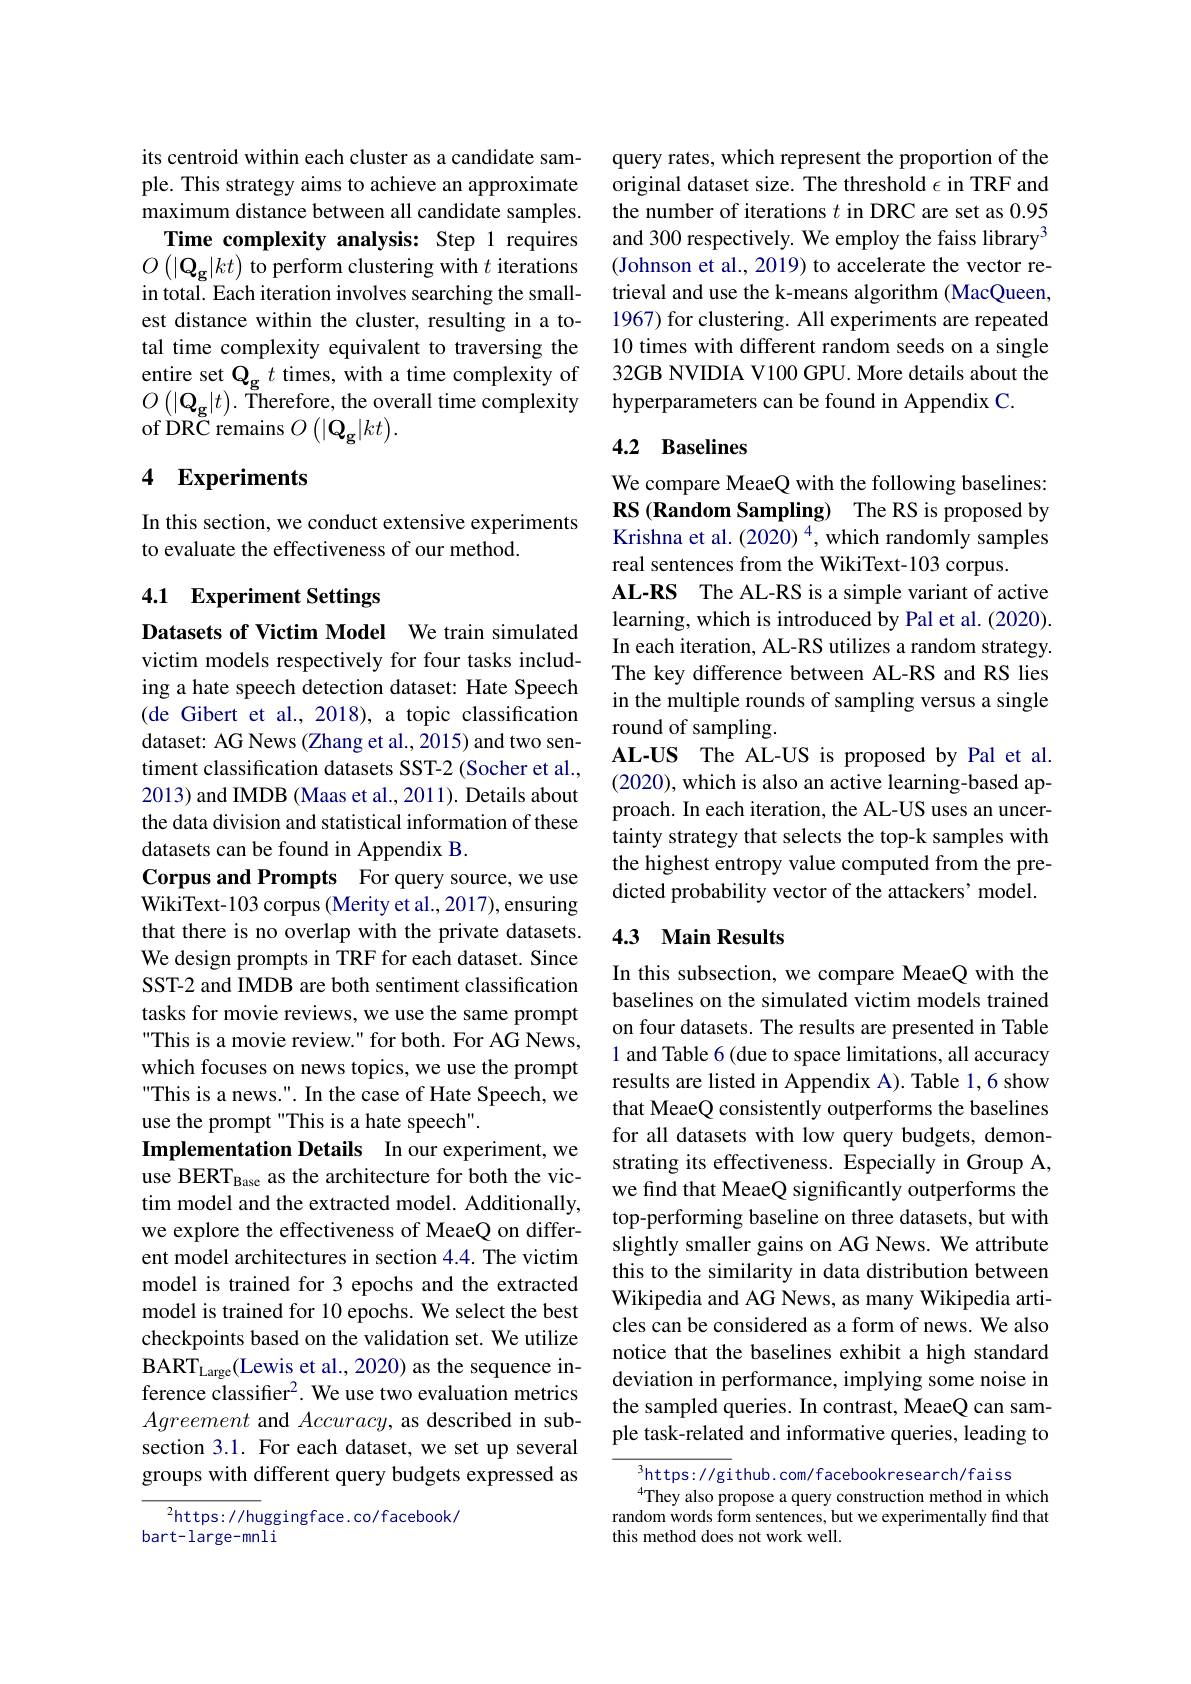
its centroid within each cluster as a candidate sample. This strategy aims to achieve an approximate maximum distance between all candidate samples.
Time complexity analysis: Step 1 requires $O\left(|\mathbf{Q_{g}}|kt\right)$ to perform clustering with $t$ iterations in total. Each iteration involves searching the smallest distance within the cluster, resulting in a total time complexity equivalent to traversing the ${\mathrm{of~}}{\text{DR°C remains}}O\left(|\mathbf{Q}_{\mathbf{g}}|kt\right).$

## 4 Experiments

In this section, we conduct extensive experiments
to evaluate the effectiveness of our method.

## 4.1 Experiment Settings

Datasets of Victim Model We train simulated

victim models respectively for four tasks including a hate speech detection dataset: Hate Speech (de Gibert et al., 2018), a topic classification dataset: AG News (Zhang et al., 2015) and two sentiment classification datasets SST-2 (Socher et al., 2013) and IMDB (Maas et al., 2011). Details about the data division and statistical information of these datasets can be found in Appendix B.
Corpus and Prompts For query source, we use $\tilde{\text{WikiText-103 corpus(Merity et al.,2017),ensuring}}$ that there is no overlap with the private datasets. We design prompts in TRF for each dataset. Since SST-2 and IMDB are both sentiment classification tasks for movie reviews, we use the same prompt This is a movie review." for both. For AG News, which focuses on news topics, we use the prompt This is a news.". In the case of Hate Speech, we use the prompt "This is a hate speech".
Implementation Details In our experiment, we use BERT$_\text{Base as the architecture for both the vic-}$ tim model and the extracted model. Additionally, we explore the effectiveness of MeaeQ on different model architectures in section 4.4. The victim model is trained for 3 epochs and the extracted model is trained for 10 epochs. We select the best checkpoints based on the validation set. We utilize $\mathrm{BART}_{\mathrm{Large}}($Lewis et al., 2020) as the sequence inference classifier$^2.$ We use two evaluation metrics Agreement and $Accuracy$, as described in subsection 3.1. For each dataset, we set up several groups with different query budgets expressed as $^2$https: / / huggingface. co/ facebook/

bart-large-mnli

query rates, which represent the proportion of the original dataset size. The threshold $\epsilon$ in TRF and the number of iterations $t$ in DRC are set as 0.95 and 300 respectively. We employ the faiss library$^{3}$ (Johnson et al., 2019) to accelerate the vector retrieval and use the k-means algorithm (MacQueen, 1967) for clustering. All experiments are repeated 10 times with different random seeds on a single
entire set $\mathbf{Q_g}t$ times, with a time complexity of 32GB NVIDIA V100 GPU. More details about the$O\left(|\mathbf{Q_g}|t\right).$ Therefore, the overall time complexity hyperparameters can be found in Appendix C.

## 4.2 Baselines

We compare MeaeQ with the following baselines: RS (Random Sampling) The RS is proposed by Krishna et al. (2020) $^{4}$, which randomly samples real sentences from the WikiText-103 corpus.
AL-RS The AL-RS is a simple variant of active learning, which is introduced by Pal et al. (2020). In each iteration, AL-RS utilizes a random strategy. The key difference between AL-RS and RS lies in the multiple rounds of sampling versus a single round of sampling.
AL-US The AL-US is proposed by Pal et al. (2020), which is also an active learning-based approach. In each iteration, the AL-US uses an uncertainty strategy that selects the top-k samples with the highest entropy value computed from the predicted probability vector of the attackers' model.

## 4.3 Main Results

In this subsection, we compare MeaeQ with the baselines on the simulated victim models trained on four datasets. The results are presented in Table 1 and Table 6 (due to space limitations, all accuracy results are listed in Appendix A). Table 1,6 show that MeaeQ consistently outperforms the baselines for all datasets with low query budgets, demonstrating its effectiveness. Especially in Group A, we find that MeaeQ significantly outperforms the top-performing baseline on three datasets, but with slightly smaller gains on AG News. We attribute this to the similarity in data distribution between Wikipedia and AG News, as many Wikipedia articles can be considered as a form of news. We also notice that the baselines exhibit a high standard deviation in performance, implying some noise in the sampled queries. In contrast, MeaeQ can sample task-related and informative queries, leading to

$^{3}$https://github.com/facebookresearch/faiss
$^{4}$They also propose a query construction method in which random words form sentences, but we experimentally find that this method does not work well.